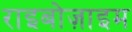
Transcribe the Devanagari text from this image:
राइबोज़ाइम